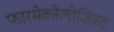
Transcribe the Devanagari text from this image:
फारमेकोलोजिस्ट